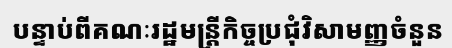
បន្ទាប់ពីគណៈរដ្ឋមន្ត្រីកិច្ចប្រជុំវិសាមញ្ញចំនួន